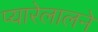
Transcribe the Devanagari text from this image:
प्यारेलालने